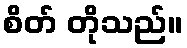
စိတ် တိုသည်။